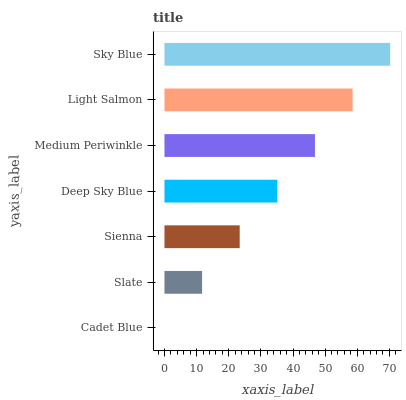
| yaxis_label | bars |
 | --- | --- |
 | Cadet Blue | 0 |
 | Slate | 11.7 |
 | Sienna | 23.4 |
 | Deep Sky Blue | 35.1 |
 | Medium Periwinkle | 46.8 |
 | Light Salmon | 58.5 |
 | Sky Blue | 70.2 |